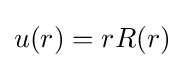
u(r)=rR(r)